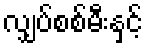
လျှပ်စစ်မီးနှင့်